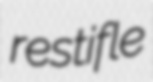
restifle